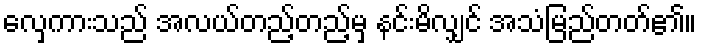
လှေကားသည် အလယ်တည့်တည့်မှ နင်းမိလျှင် အသံမြည်တတ်၏။